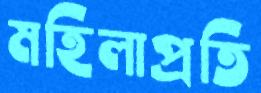
মহিলাপ্রতি